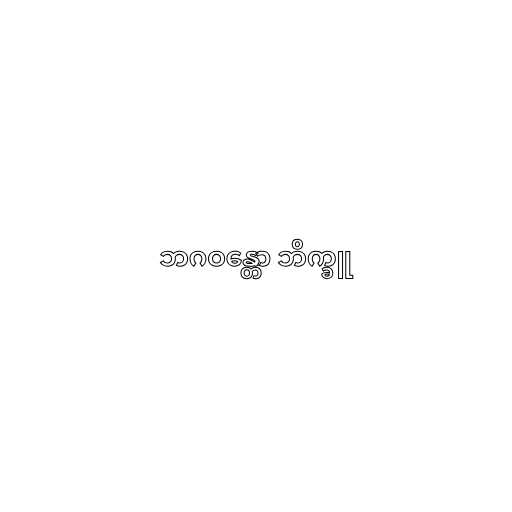
ဘဂဝန္တော ဘိက္ခူ